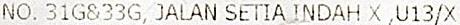
NO. 31G&33G, JALAN SETIA INDAH X ,U13/X